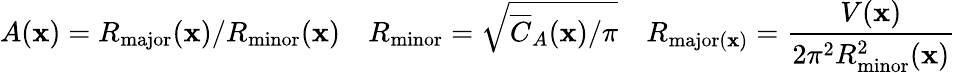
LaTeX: A(\mathbf{x})=R_{\mathrm{major}}(\mathbf{x})/R_{\mathrm{minor}}(\mathbf{x})\quad R_{\mathrm{minor}}=\sqrt{\overline{{C}}_{A}(\mathbf{x})/\pi}\quad R_{\mathrm{major}(\mathbf{x})}=\frac{V(\mathbf{x})}{2\pi^{2}R_{\mathrm{minor}}^{2}(\mathbf{x})}